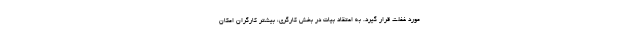
مورد غفلت قرار گیرد. به اعتقاد بیات در بخش کارگری، بیشتر کارگران امکان